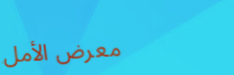
معرض الأمل